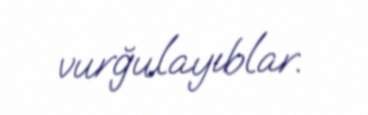
vurğulayıblar.